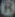
B